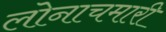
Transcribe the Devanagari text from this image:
लोनाचमारी